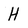
Character: H